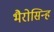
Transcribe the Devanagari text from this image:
भैरोसिन्ह